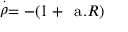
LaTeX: \stackrel { . } { \rho } = - ( 1 + \mathrm { \Large ~ a } . R )